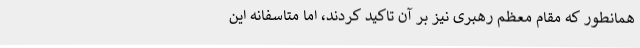
همانطور که مقام معظم رهبری نیز بر آن تاکید کردند، اما متاسفانه این